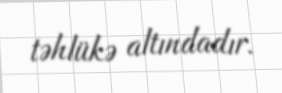
təhlükə altındadır.